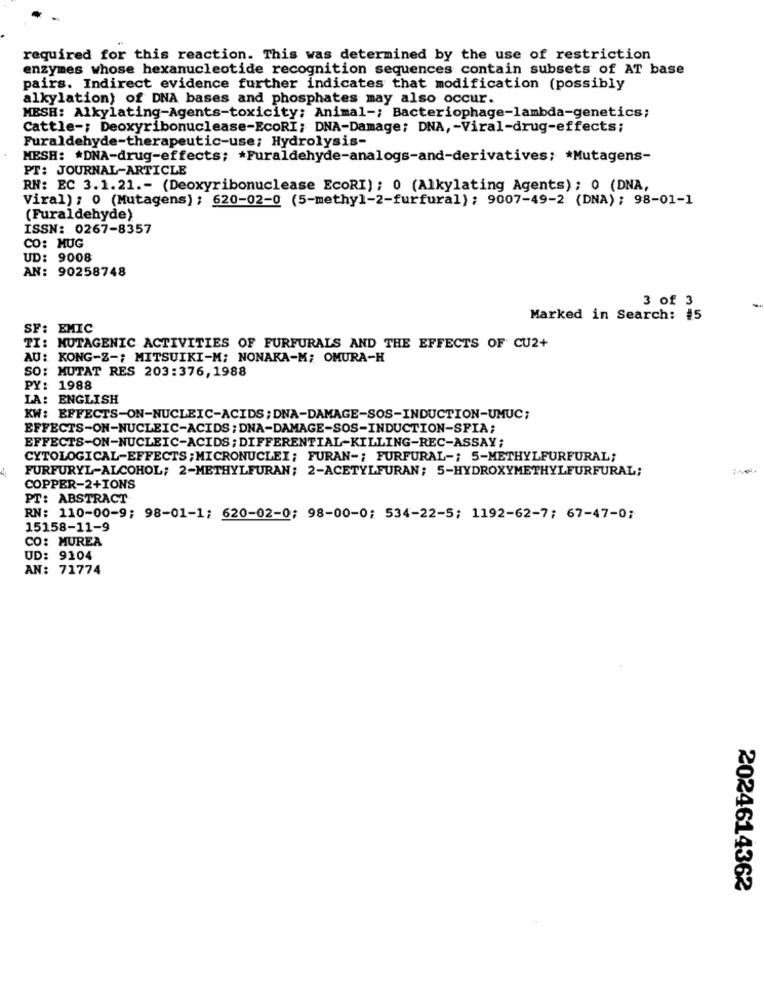
required for this reaction. This was determined by the use of restriction
enzymes whose hexanucleotide recognition sequences contain subsets of AT base
pairs. Indirect evidence further indicates that modification (possibly
alkylation) of DNA bases and phosphates may also occur.
MESH: Alkylating-Agents-toxicity; Animal -; Bacteriophage-lambda-genetics;
Cattle -; Deoxyribonuclease-EcoRI; DNA-Damage; DNA, - Viral-drug-effects;
Furaldehyde-therapeutic-use; Hydrolysis-
MESH: * DNA-drug-effects; * Furaldehyde-analogs-and-derivatives; * Mutagens-
PT: JOURNAL-ARTICLE
RN: EC 3.1.21 .- (Deoxyribonuclease EcoRI); 0 (Alkylating Agents); 0 (DNA,
Viral): 0 (Mutagens); 620-02-0 (5-methyl-2-furfural); 9007-49-2 (DNA); 98-01-1
(Furaldehyde)
ISSN: 0267-8357
CO: MUG
UD: 9008
AN: 90258748
3 of 3
Marked in Search: #5
SF: EMIC
TI: MUTAGENIC ACTIVITIES OF FURFURALS AND THE EFFECTS OF CU2+
AU: KONG-Z -; MITSUIKI-M; NONAKA-M; OMURA-H
SO: MUTAT RES 203:376, 1988
PY: 1988
LA: ENGLISH
KW: EFFECTS-ON-NUCLEIC-ACIDS ; DNA-DAMAGE-SOS-INDUCTION-UMUC;
EFFECTS-ON-NUCLEIC-ACIDS; DNA-DAMAGE-SOS-INDUCTION-SPIA;
EFFECTS-ON-NUCLEIC-ACIDS; DIFFERENTIAL-KILLING-REC-ASSAY;
CYTOLOGICAL-EFFECTS; MICRONUCLEI; FURAN -; FURFURAL -; 5-METHYLFURFURAL;
FURFURYL-ALCOHOL; 2-METHYLFURAN; 2-ACETYLFURAN; 5-HYDROXYMETHYLFURFURAL;
COPPER-2+IONS
PT: ABSTRACT
RN: 110-00-9; 98-01-1; 620-02-0; 98-00-0; 534-22-5; 1192-62-7; 67-47-0;
15158-11-9
CO: MUREA
UD: 9104
AN: 71774
2024614362